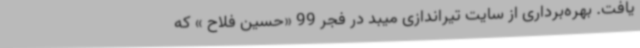
یافت. بهره‌برداری از سایت تیراندازی میبد در فجر 99 «حسین فلاح » که